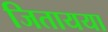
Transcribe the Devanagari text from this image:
जितायया